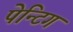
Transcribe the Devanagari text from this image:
पेन्टिग